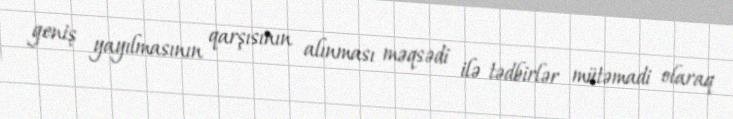
geniş yayılmasının qarşısının alınması məqsədi ilə tədbirlər mütəmadi olaraq